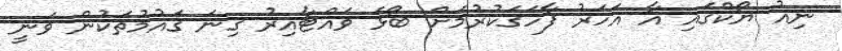
ނިއު ޔޯކްގައި އާ އަހަރު ފާހަގަކުރުމަށް ބޯޅަ ވައްޓާއިރު ގިނަ ގައުމުތަކުން ވަނީ